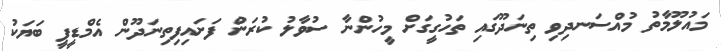
މައުލޫމާތު މުއްސަނދިވި ތިނަދޫގައި ތަހުގީގަށް މީހުންނާ ސުވާލު ކުރަން ފަށައިފިތިނަދޫން އެމްޑީޕީ ބަޔަކު